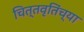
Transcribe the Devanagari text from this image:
चित्तवृतिंच्या